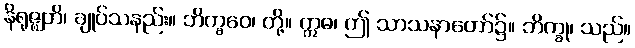
နိရုဇ္ဈတိ၊ ချုပ်သနည်း။ ဘိက္ခဝေ၊ တို့။ ဣဓ၊ ဤ သာသနာတော်၌။ ဘိက္ခု၊ သည်။